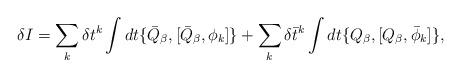
LaTeX: \begin{align*}\delta I = \sum_k \delta t^k \int dt \{\bar Q_{\beta},[\bar Q_{\beta},\phi_k]\} + \sum_k \delta \bar t^k \int dt \{ Q_{\beta},[ Q_{\beta},\bar\phi_k]\},\end{align*}